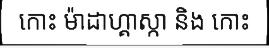
កោះ ម៉ាដាហ្គាស្កា និង កោះ